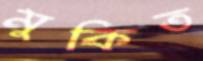
মুকিত